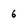
Character: 6